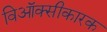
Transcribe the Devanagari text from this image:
विऑक्सीकारक